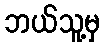
ဘယ်သူ့မှ